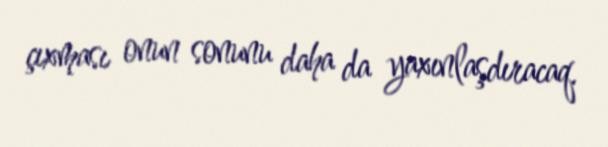
çıxması onun sonunu daha da yaxınlaşdıracaq.